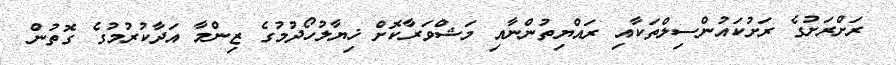
ރަށްރަށުގެ ރަށުކައުންސިލްތަކާއި ރައްޔިތުންނާއި މަޝްވަރާކޮށް ޚިޔާލުހޯދުމުގެ ޒިންމާ އަދާކުރުމުގެ ގޮތުން